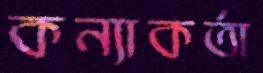
কন্যাকর্তা